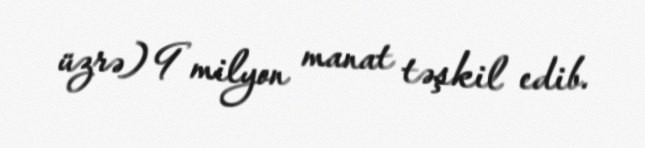
üzrə) 9 milyon manat təşkil edib.